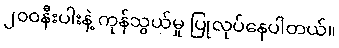
၂၀၀နီးပါးနဲ့ ကုန်သွယ်မှု ပြုလုပ်နေပါတယ်။